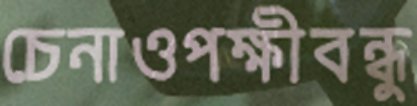
চেনাওপক্ষীবন্ধু